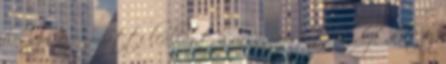
hosszú, eső miatti leállást a vasárnapi futam ideje alatt.